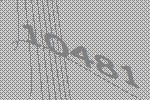
10481